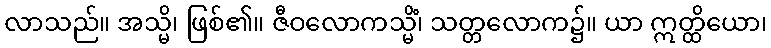
လာသည်။ အသ္မိ၊ ဖြစ်၏။ ဇီဝလောကသ္မိံ၊ သတ္တလောက၌။ ယာ ဣတ္ထိယော၊